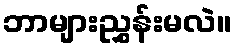
ဘာများညွှန်းမလဲ။